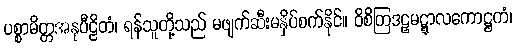
ပစ္စာမိတ္တအနုပီဠိတံ၊ ရန်သူတို့သည် မဖျက်ဆီးမနှိပ်စက်နိုင်။ ဝိစိတြဒဠှမဋ္ဋာလကောဋ္ဌကံ၊